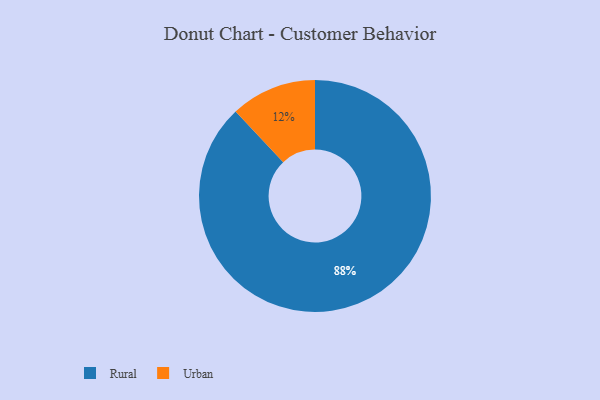
{"axis": {"x": "Category", "y": "Percentage"}, "legend": ["Rural", "Urban"], "data": [{"x": "Urban", "y": 12, "type": "Urban"}, {"x": "Rural", "y": 88, "type": "Rural"}]}